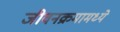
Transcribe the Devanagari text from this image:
जीवनक्रमामध्ये